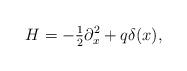
LaTeX: \begin{align*}H=-\tfrac12\partial_x^2 + q\delta(x),\end{align*}